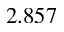
2 . 8 5 7